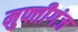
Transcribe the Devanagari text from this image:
मुफ्तीगंज